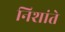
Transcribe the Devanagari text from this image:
निशांते